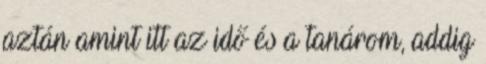
aztán amint itt az idő és a tanárom, addig